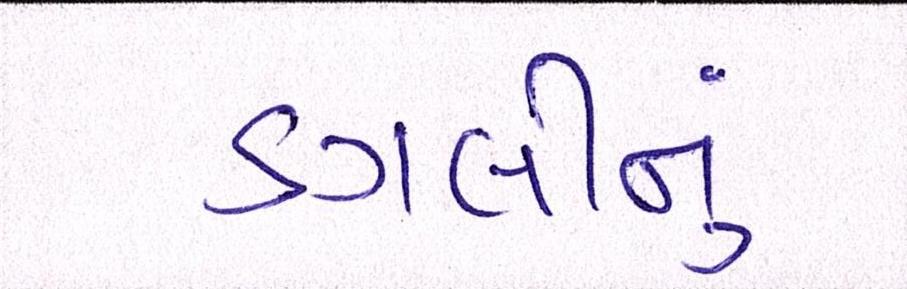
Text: ડગલીનું